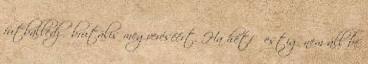
futballedző brutális megveréséért. Ha hétfő estig nem áll be